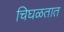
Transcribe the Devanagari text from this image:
चिघळतात